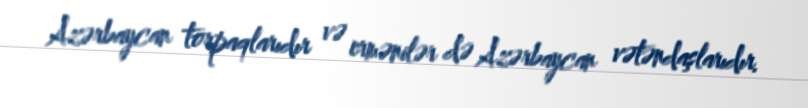
Azərbaycan torpaqlarıdır və ermənilər də Azərbaycan vətəndaşlarıdır.